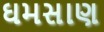
ઘમસાણ